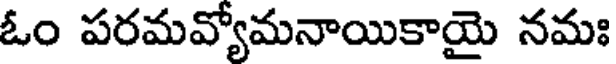
ఓం పరమవ్యోమనాయికాయై నమః